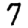
Digit: 7